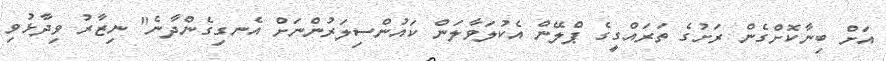
އަށް ބިނާކޮށްގެން ރަށުގެ ތަރައްގީގެ ޕްލޭން އެކުލަވާލަން ކައުންސިލަރުންނަށް އެނގިގެންދާނެ" ނިޒާރު ވިދާޅުވި